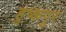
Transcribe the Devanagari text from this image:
हुष्कपुर